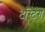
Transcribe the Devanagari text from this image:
टैस्टिंग